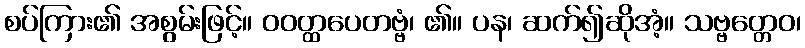
စပ်ကြား၏ အစွမ်းဖြင့်။ ဝဝတ္ထပေတဗ္ဗံ၊ ၏။ ပန၊ ဆက်၍ဆိုအံ့။ သဗ္ဗတ္တေဝ၊